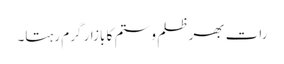
رات بھر ظلم و ستم کا بازار گرم رہتا۔